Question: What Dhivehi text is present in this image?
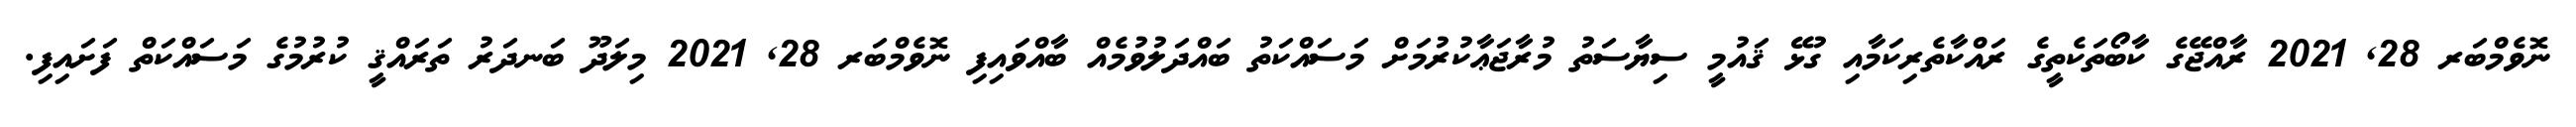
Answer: ނޮވެމްބަރ 28, 2021 ރާއްޖޭގެ ކާބޯތަކެތީގެ ރައްކާތެރިކަމާއި ގުޅޭ ޤައުމީ ސިޔާސަތު މުރާޖަޢާކުރުމަށް މަސައްކަތު ބައްދަލުވުމެއް ބާއްވައިފި ނޮވެމްބަރ 28, 2021 މިލަދޫ ބަނދަރު ތަރައްޤީ ކުރުމުގެ މަސައްކަތް ފަށައިފި.